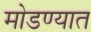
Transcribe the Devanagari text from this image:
मोडण्यात